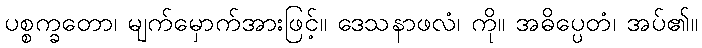
ပစ္စက္ခတော၊ မျက်မှောက်အားဖြင့်။ ဒေသနာဖလံ၊ ကို။ အဓိပ္ပေတံ၊ အပ်၏။